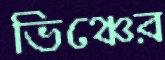
ভিঞ্চের